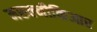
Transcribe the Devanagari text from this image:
मरुल्नीकिआर